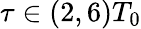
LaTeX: \tau\in(2,6)T_{0}